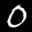
Label: 0